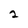
Character: 2